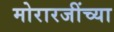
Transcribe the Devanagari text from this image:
मोरारजींच्या